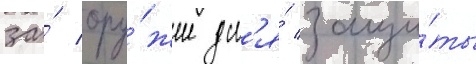
за́ ору́жие дл'я́ защи́ты